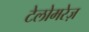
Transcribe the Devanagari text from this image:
टेलोमरेज़